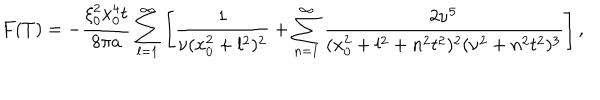
F ( T ) = - \frac { \xi _ { 0 } ^ { 2 } x _ { 0 } ^ { 4 } t } { 8 \pi a } \sum _ { l = 1 } ^ { \infty } \left[ \frac 1 { \nu ( x _ { 0 } ^ { 2 } + l ^ { 2 } ) ^ { 2 } } + \sum _ { n = 1 } ^ { \infty } \frac { 2 \nu ^ { 5 } } { ( x _ { 0 } ^ { 2 } + l ^ { 2 } + n ^ { 2 } t ^ { 2 } ) ^ { 2 } ( \nu ^ { 2 } + n ^ { 2 } t ^ { 2 } ) ^ { 3 } } \right] ,